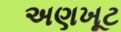
અણખૂટ